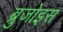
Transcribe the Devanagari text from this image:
ब्रुजोइस